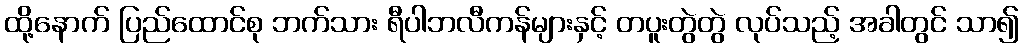
ထို့နောက် ပြည်ထောင်စု ဘက်သား ရီပါဘလီကန်များနှင့် တပူးတွဲတွဲ လုပ်သည့် အခါတွင် သာ၍